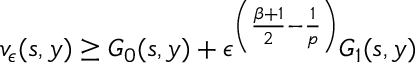
v _ { \epsilon } ( s , y ) \geq G _ { 0 } ( s , y ) + \epsilon ^ { \left( \frac { \beta + 1 } { 2 } - \frac { 1 } { p } \right) } G _ { 1 } ( s , y )